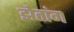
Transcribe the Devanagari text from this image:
झेतांग